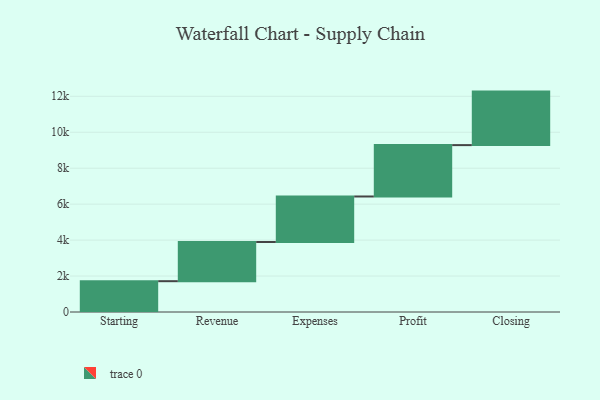
{"axis": {"x": "Step", "y": "Value"}, "legend": [""], "data": [{"x": "Starting", "y": 1714.0, "type": ""}, {"x": "Revenue", "y": 2180.0, "type": ""}, {"x": "Expenses", "y": 2532.0, "type": ""}, {"x": "Profit", "y": 2858.0, "type": ""}, {"x": "Closing", "y": 2977.0, "type": ""}]}